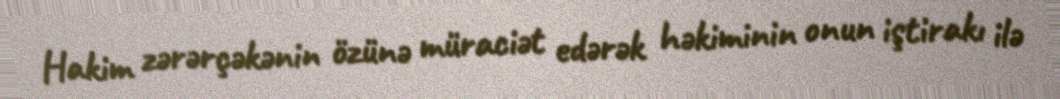
Hakim zərərçəkənin özünə müraciət edərək həkiminin onun iştirakı ilə